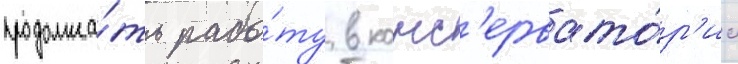
продолжа́ть рабо́ту в конс'ервато́р'ии